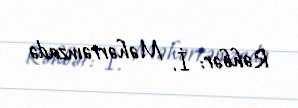
Rəhbər: İ. Məhərrəmzadə